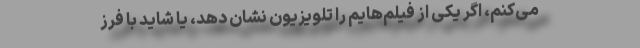
می‌کنم، اگر یکی از فیلم‌هایم را تلویزیون نشان دهد، یا شاید با فرز